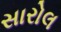
સારોલ